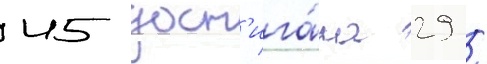
45 дост'ига́ла 29 /